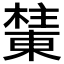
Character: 𰘺